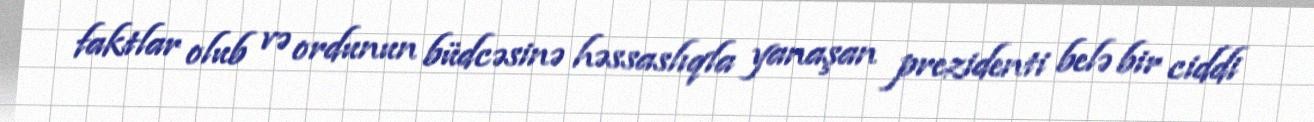
faktlar olub və ordunun büdcəsinə həssaslıqla yanaşan prezidenti belə bir ciddi